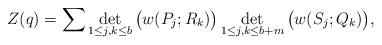
LaTeX: \begin{align*}Z(q)=\sum\det_{1\leq j,k\leq b}\big(w(P_j;R_k)\big)\det_{1\leq j,k\leq b+m}\big(w(S_j;Q_k)\big), \end{align*}